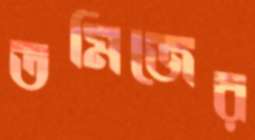
তমিজের